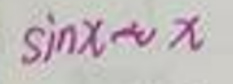
\(\sin x\sim x\)